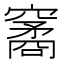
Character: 䆷